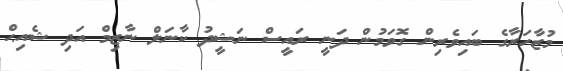
މުޒާހަރާގެ ބައިވެރިން ގޮވަމުން ދަނީ ރައީސް ނަޝީދު ކާނަލް ނާޒިމް އަދި ޝެއިޙް